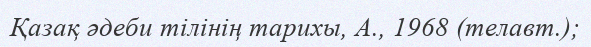
Қазақ әдеби тілінің тарихы, А., 1968 (телавт.);